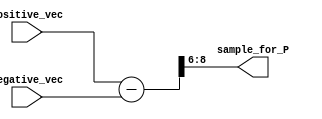
module Sample_V (positive_vec,negative_vec,sample_for_P);
// the sample procedure outputs 4 MSD of D for the later selection process
parameter Num_bits=4;
parameter on_line_delay=3;

input[Num_bits+on_line_delay+1:0] positive_vec,negative_vec;
output[2:0] sample_for_P;
wire[Num_bits+on_line_delay+1:0] v_value;


assign v_value=positive_vec-negative_vec;
assign sample_for_P=v_value[Num_bits+on_line_delay+1:Num_bits+on_line_delay-1];

endmodule